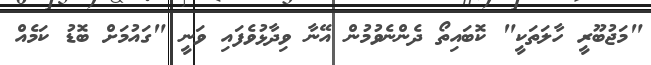
"މަޖުބޫރީ ހާލަތަކީ" ކޮބައިތޯ ދެންނެވުމުން އޭނާ ވިދާޅުވެފައި ވަނީ "ގައުމަށް ބޮޑު ކަމެއް